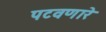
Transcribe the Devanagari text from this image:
पटवणारे